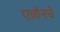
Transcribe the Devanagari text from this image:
एन्रॉनचे